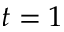
t = 1